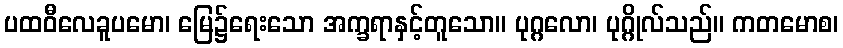
ပထဝီလေခူပမော၊ မြေ၌ရေးသော အက္ခရာနှင့်တူသော။ ပုဂ္ဂလော၊ ပုဂ္ဂိုလ်သည်။ ကတမောစ၊